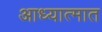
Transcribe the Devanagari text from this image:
आध्यात्मात